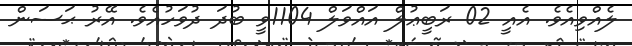
ލެއްވިއެވެ. އެއީ 02 ރަބީޢުލް އައްވަލް 1104ވީ ބުދަ ދުވަހުއެވެ. އޭރު ޙަސަން